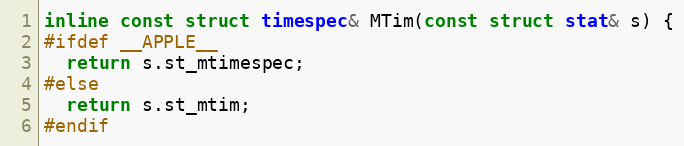
Language: C
inline const struct timespec& MTim(const struct stat& s) {
#ifdef __APPLE__
  return s.st_mtimespec;
#else
  return s.st_mtim;
#endif